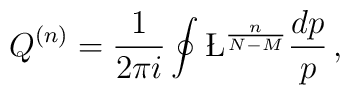
Q^{(n)} = \frac{1}{2\pi i} \oint \L^{ \frac{n}{N-M} } \frac{dp}{p}\,,